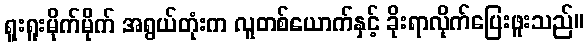
ရူးရူးမိုက်မိုက် အရွယ်တုံးက လူတစ်ယောက်နှင့် ခိုးရာလိုက်ပြေးဖူးသည်။